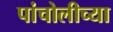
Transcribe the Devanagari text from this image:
पांचोलीच्या